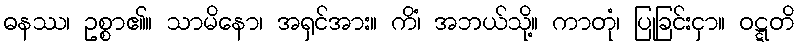
ဓနဿ၊ ဥစ္စာ၏။ သာမိနော၊ အရှင်အား။ ကိံ၊ အဘယ်သို့။ ကာတုံ၊ ပြုခြင်းငှာ။ ဝဋ္ဋတိ